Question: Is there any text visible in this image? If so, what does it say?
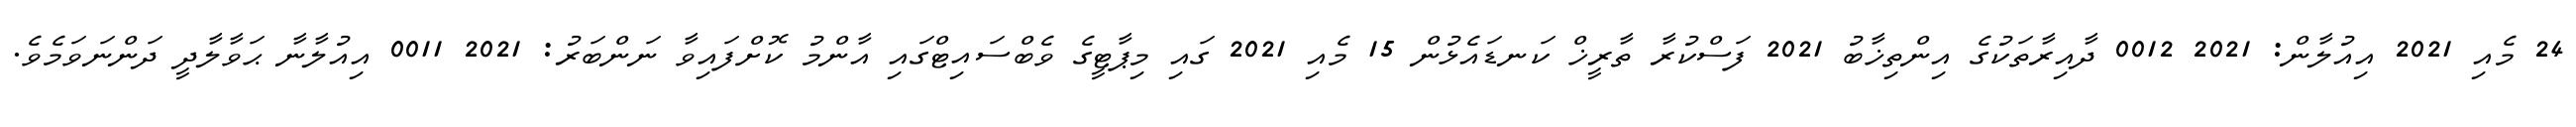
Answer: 24 މެއި 2021 އިއުލާން: 2021 0012 ދާއިރާތަކުގެ އިންތިޚާބު 2021 ފަސްކުރާ ތާރީޚް ކަނޑައެޅުން 15 މެއި 2021 ގައި މިޕާޓީގެ ވެބްސައިޓްގައި އާންމު ކޮށްފައިވާ ނަންބަރު: 2021 0011 އިއުލާނާ ޙަވާލާދީ ދަންނަވަމެވެ.